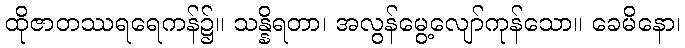
ထိုဇာတဿရရေကန်၌။ သန္နိရတာ၊ အလွန်မွေ့လျော်ကုန်သော။ ခေမိနော၊